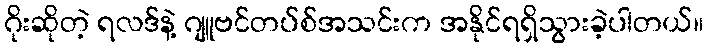
ဂိုးဆိုတဲ့ ရလဒ်နဲ့ ဂျူဗင်တပ်စ်အသင်းက အနိုင်ရရှိသွားခဲ့ပါတယ်။